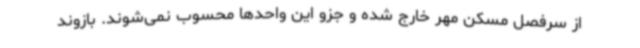
از سرفصل مسکن مهر خارج شده و جزو این واحدها محسوب نمی‌شوند. بازوند